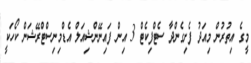
މީގެ އިތުރުން މިއަދު ފެށިގެންދާ ސެޓްފިކެޓް 3 އިން ފައިނޭންޝިއަލް އެޑްމިނިސްޓްރޭޝަން ކޯހަކީ